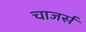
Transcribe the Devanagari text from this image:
चाजर्स